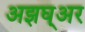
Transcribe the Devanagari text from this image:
अझघ्अर